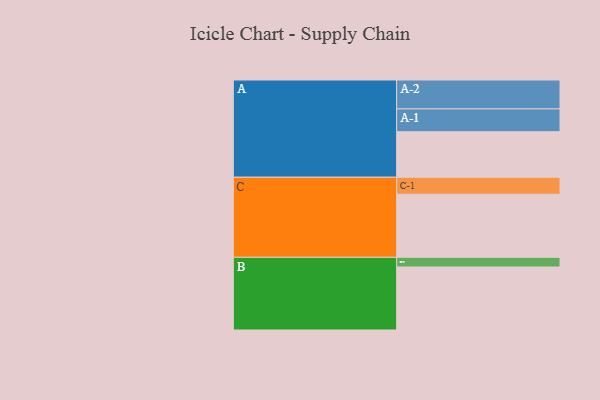
{"axis": {"x": "Segment", "y": "Value"}, "legend": ["", "A", "B", "C"], "data": [{"x": "A", "y": 419, "type": ""}, {"x": "B", "y": 580, "type": ""}, {"x": "C", "y": 580, "type": ""}, {"x": "A-1", "y": 210, "type": "A"}, {"x": "A-2", "y": 266, "type": "A"}, {"x": "B-1", "y": 89, "type": "B"}, {"x": "C-1", "y": 157, "type": "C"}]}